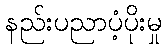
နည်းပညာပံ့ပိုးမှု